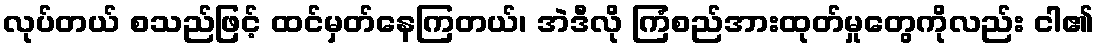
လုပ်တယ် စသည်ဖြင့် ထင်မှတ်နေကြတယ်၊ အဲဒီလို ကြံစည်အားထုတ်မှုတွေကိုလည်း ငါ၏